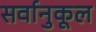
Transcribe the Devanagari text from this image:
सर्वानुकूल